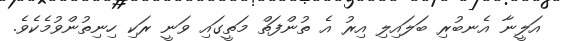
އަލީނާ އެނބުރި ބަލައިލި އިރު އެ ތުންފަތް މަތީގައި ވަނީ ރަކި ހިނިތުންވުމެކެވެ.